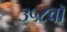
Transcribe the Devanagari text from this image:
३५८वॉ